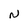
Character: N